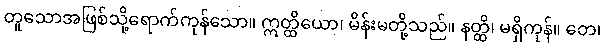
တူသောအဖြစ်သို့ရောက်ကုန်သော။ ဣတ္ထိယော၊ မိန်းမတို့သည်။ နတ္ထိ၊ မရှိကုန်။ တေ၊